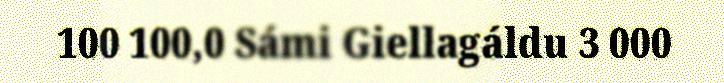
100 100,0 Sámi Giellagáldu 3 000